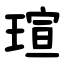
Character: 瑄